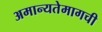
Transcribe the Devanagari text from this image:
अमान्यतेमागची